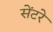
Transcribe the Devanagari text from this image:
सेंटरे